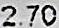
2.70